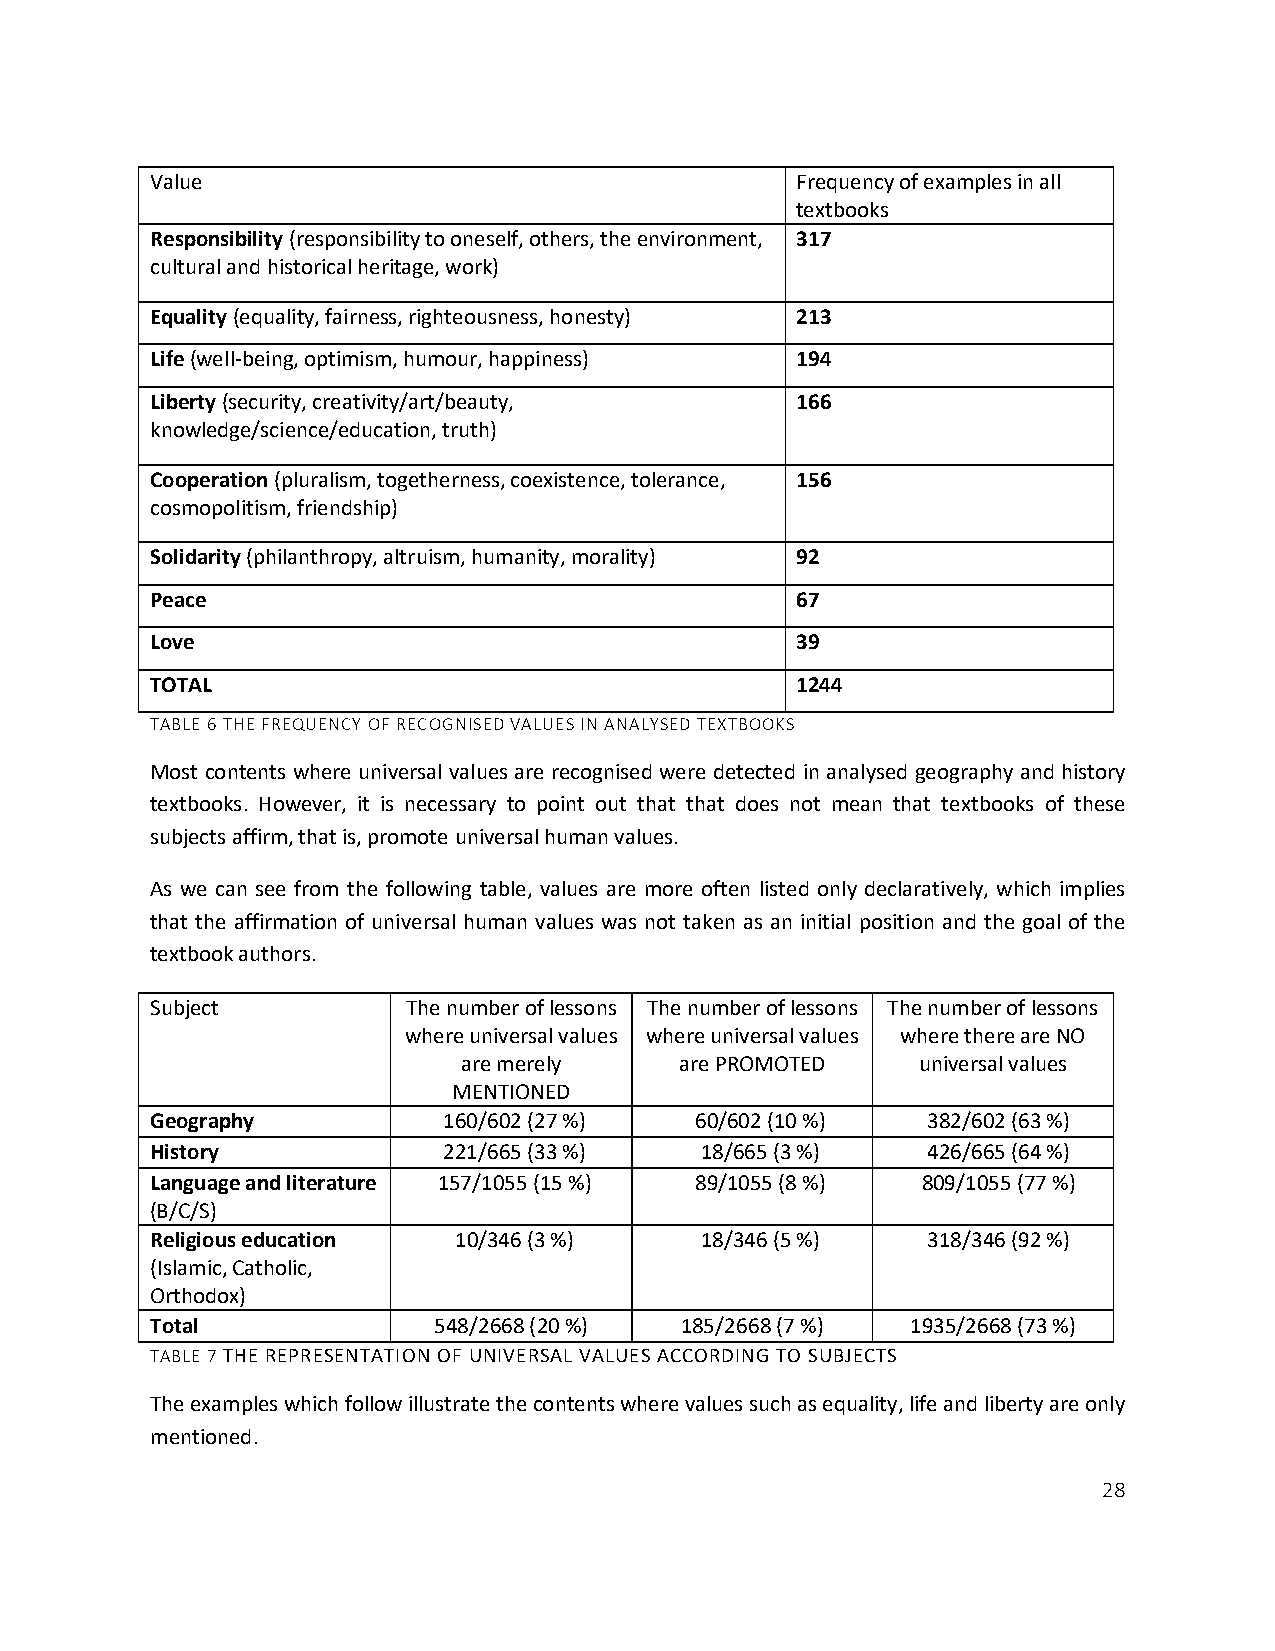
Value                                      Frequency of examples in all
 textbooks
 Responsibility (responsibility to oneself, others, the environment, 317
 cultural and historical heritage, work)
 Equality (equality, fairness, righteousness, honesty) 213
 Life (well-being, optimism, humour, happiness) 194
 Liberty (security, creativity/art/beauty,  166
 knowledge/science/education, truth)
 Cooperation (pluralism, togetherness, coexistence, tolerance, 156
 cosmopolitism, friendship)
 Solidarity (philanthropy, altruism, humanity, morality) 92
 Peace                                      67
 Love                                       39
 TOTAL                                      1244
 TABLE 6 THE FREQUENCY OF RECOGNISED VALUES IN ANALYSED TEXTBOOKS
 Most contents where universal values are recognised were detected in analysed geography and history
 textbooks. However, it is necessary to point out that that does not mean that textbooks of these
 subjects affirm, that is, promote universal human values.
 As we can see from the following table, values are more often listed only declaratively, which implies
 that the affirmation of universal human values was not taken as an initial position and the goal of the
 textbook authors.
 Subject          The number of lessons The number of lessons The number of lessons
 where universal values where universal values where there are NO
 are merely    are PROMOTED    universal values
 MENTIONED
 Geography          160/602 (27 %)   60/602 (10 %)  382/602 (63 %)
 History            221/665 (33 %)   18/665 (3 %)   426/665 (64 %)
 Language and literature 157/1055 (15 %) 89/1055 (8 %) 809/1055 (77 %)
 (B/C/S)
 Religious education 10/346 (3 %)    18/346 (5 %)   318/346 (92 %)
 (Islamic, Catholic,
 Orthodox)
 Total              548/2668 (20 %) 185/2668 (7 %) 1935/2668 (73 %)
 TABLE 7 THE REPRESENTATION OF UNIVERSAL VALUES ACCORDING TO SUBJECTS
 The examples which follow illustrate the contents where values such as equality, life and liberty are only
 mentioned.
 28